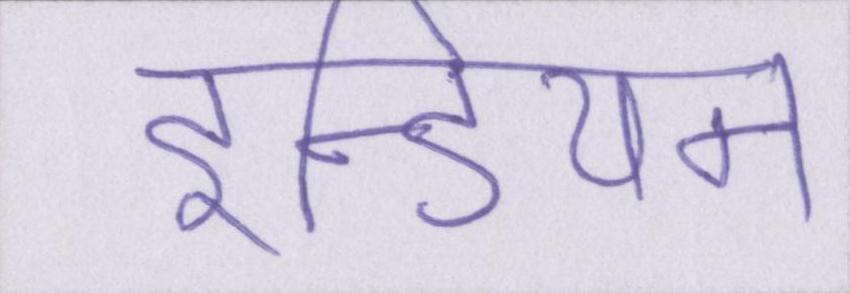
इन्डियन